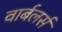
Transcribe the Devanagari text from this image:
वार्बलर्स